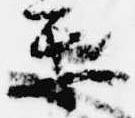
楽